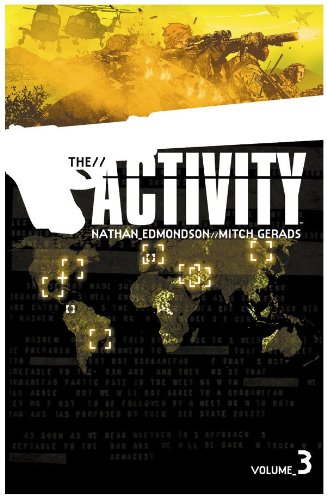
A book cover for The Activity, Vol. 3 (Activity Tp); Nathan Edmondson; Comics & Graphic Novels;